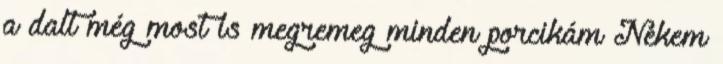
a dalt még most is megremeg minden porcikám Nekem